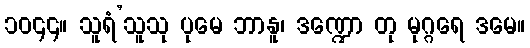
၁၀၄၄။ သူရံ’သူသု ပုမေ ဘာနူ၊ ဒဏ္ဍော တု မုဂ္ဂရေ ဒမေ။